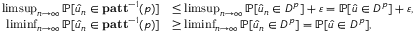
\begin{array} { r l } { \operatorname* { l i m s u p } _ { n \rightarrow \infty } \mathbb { P } [ \boldsymbol { \hat { u } } _ { n } \in \mathbf { p a t t } ^ { - 1 } ( \mathfrak { p } ) ] } & { \leq \operatorname* { l i m s u p } _ { n \rightarrow \infty } \mathbb { P } [ \boldsymbol { \hat { u } } _ { n } \in D ^ { \mathfrak { p } } ] + \varepsilon = \mathbb { P } [ \boldsymbol { \hat { u } } \in D ^ { \mathfrak { p } } ] + \varepsilon , } \\ { \operatorname* { l i m i n f } _ { n \rightarrow \infty } \mathbb { P } [ \boldsymbol { \hat { u } } _ { n } \in \mathbf { p a t t } ^ { - 1 } ( \mathfrak { p } ) ] } & { \geq \operatorname* { l i m i n f } _ { n \rightarrow \infty } \mathbb { P } [ \boldsymbol { \hat { u } } _ { n } \in D ^ { \mathfrak { p } } ] = \mathbb { P } [ \boldsymbol { \hat { u } } \in D ^ { \mathfrak { p } } ] , } \end{array}